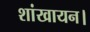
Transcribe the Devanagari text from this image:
शांखायन।